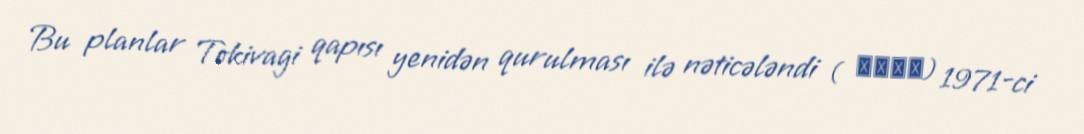
Bu planlar Tokivagi qapısı yenidən qurulması ilə nəticələndi ( 常磐木門) 1971-ci